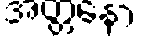
အတ္တနော